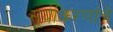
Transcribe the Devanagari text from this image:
सूर्यकिरणांचे